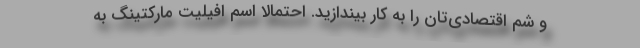
و شم اقتصادی‌تان را به کار بیندازید. احتمالا اسم افیلیت مارکتینگ به